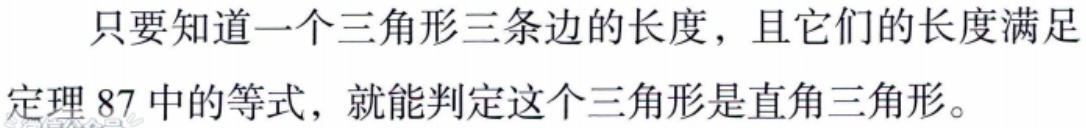
只要知道一个三角形三条边的长度，且它们的长度满足定理87中的等式，就能判定这个三角形是直角三角形。